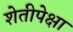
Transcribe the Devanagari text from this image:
शेतीपेक्षा